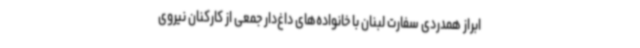
ابراز همدردی سفارت لبنان با خانواده‌های داغ‌دار جمعی از کارکنان نیروی